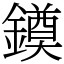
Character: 䥖